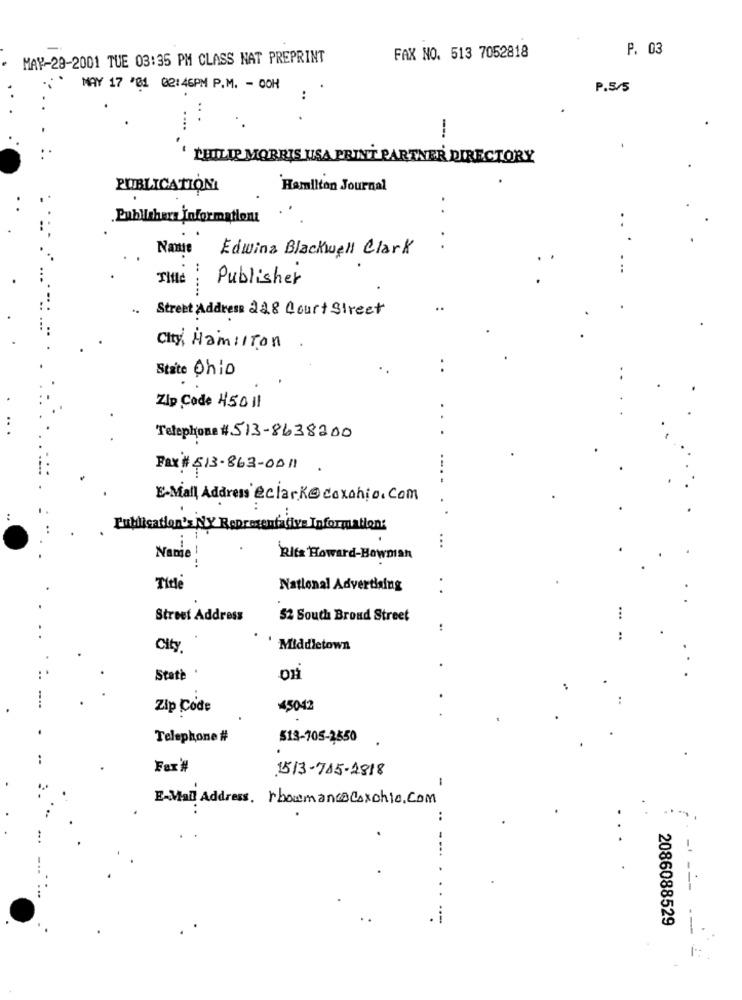
P. 03
MAY-29-2001 TUE 03:35 PM CLASS NAT PREPRINT
FAX NO. 513 7052818
MAY 17 '01 02:46PM P.M. - OOH
: .
P.5/5
...
....
PHILIP MORRIS USA PRINT PARTNER DIRECTORY
PUBLICATIONI
Hamilton Journal
.
Publishers informationt
Namse
Edwina Blackwell Clark
..
This
Publisher
..
Strebt Address 228 Court Street
..
City, Hamilton
State Ohio
Zip Code 45011
Telephone #513-8638200
Fax#513-863-0011
--..
E-Mail Address @clark@coxohio.com
. .
Publication's NY Representative Information:
-
...
Nanie
Rifs Howard-Bowman
-.
Title
National Advertising
..
Street Address
52 South Broad Street
...
..
City
Middletown
State .
Zip Code
45042
Telephone #
513-705-2550
Fax'#
1513-715-1818
-
E-Mail Address. rbouman@@@axchie.Com
..
2086088529